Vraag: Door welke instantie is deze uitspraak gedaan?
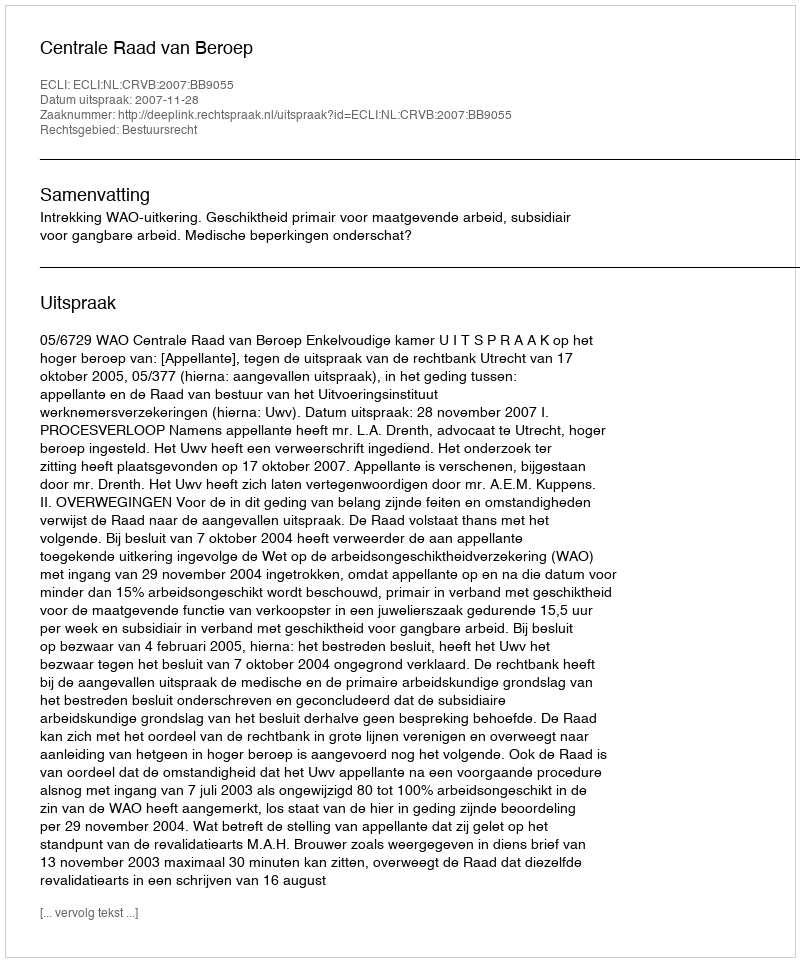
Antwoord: Centrale Raad van Beroep